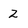
Character: 2